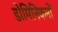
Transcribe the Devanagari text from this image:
डोमिनिकनों